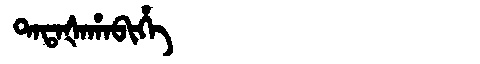
Manchu: ᡨᠠᡨᠠᡧᠠᡥᠠᠪᡳᡥᡝ
Romanization: TATAŠAHABIHE